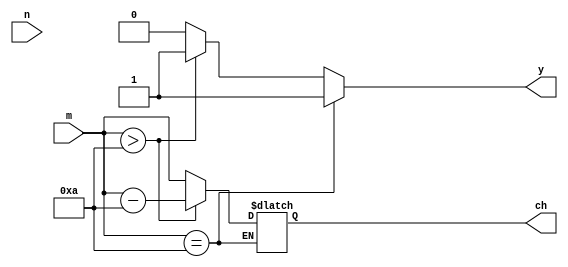
module coke( output reg y,
				 output reg [4:0] ch,
				 input [4:0] m,
				 input n
    );
parameter r=5'd00010;
always @(m)
 begin
	if(m==r)
		y=1'b1;
	else if(m > r)
		begin
			y=1'b1;
			ch=m-r;
		end
	else
		begin
		 y=1'b0;
		ch=m;
		end
	
	
	end
		
endmodule